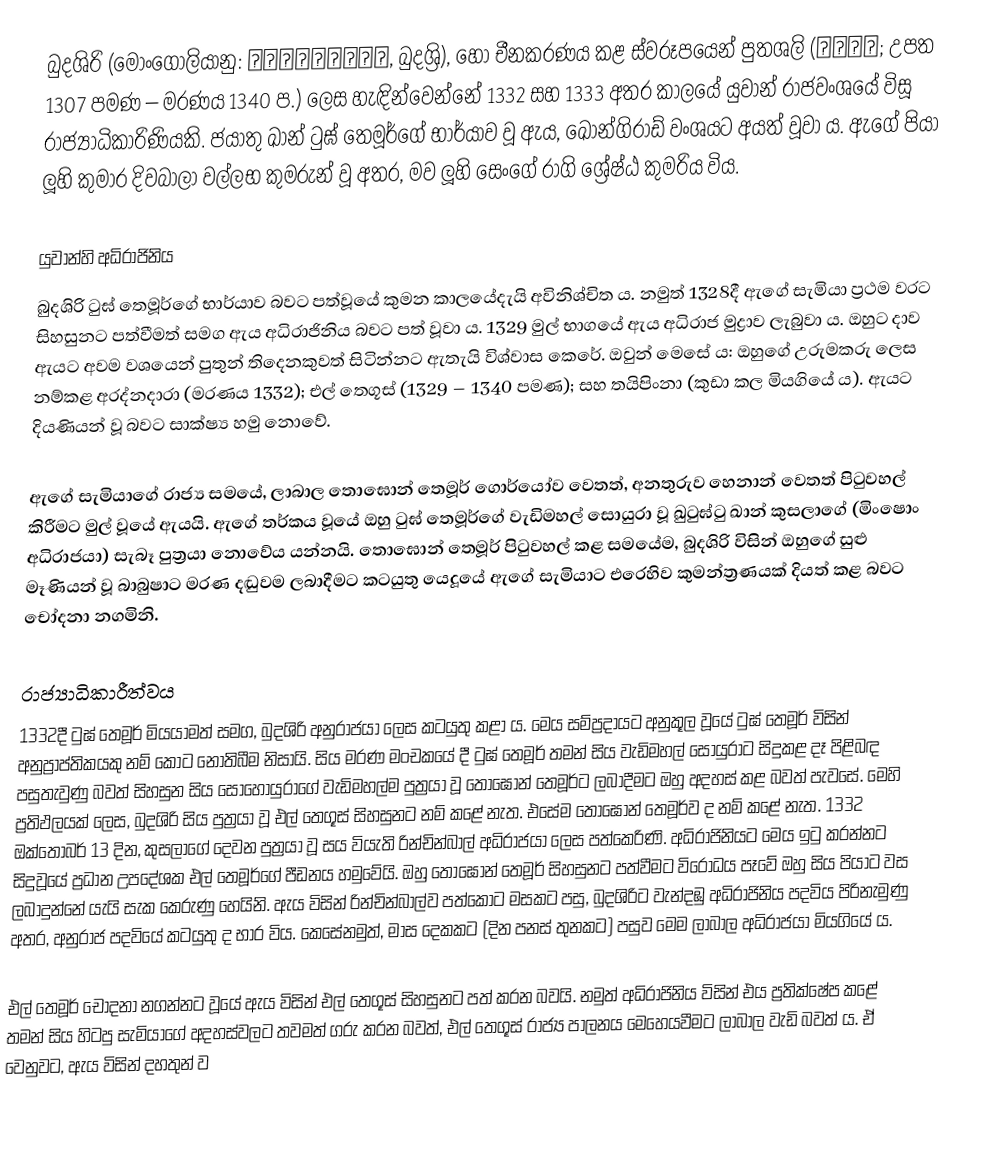
බුදශිරි (මොංගෝලියානු: ᠪᠦᠳᠬᠠᠱᠢᠷᠢ, බුදශ්‍රි), හෝ චීනකරණය කළ ස්වරූපයෙන් පුතශලි (卜答失里; උපත 1307 පමණ – මරණය 1340 ප.) ලෙස හැඳින්වෙන්නේ 1332 සහ 1333 අතර කාලයේ යුවාන් රාජවංශයේ විසූ රාජ්‍යාධිකාරිණියකි. ජයාතු ඛාන් ටුඝ් තෙමූර්ගේ භාර්යාව වූ ඇය, ඛොන්ගිරාඩ් වංශයට අයත් වූවා ය. ඇගේ පියා ලූහි කුමාර දිවබාලා වල්ලභ කුමරුන් වූ අතර, මව ලූහි සෙංගේ රාගි ශ්‍රේෂ්ඨ කුමරිය විය.

යුවාන්හි අධිරාජිනිය
බුදශිරි ටුඝ් තෙමූර්ගේ භාර්යාව බවට පත්වූයේ කුමන කාලයේදැයි අවිනිශ්චිත ය. නමුත් 1328දී ඇගේ සැමියා ප්‍රථම වරට සිහසුනට පත්වීමත් සමග ඇය අධිරාජිනිය බවට පත් වූවා ය. 1329 මුල් භාගයේ ඇය අධිරාජ මුද්‍රාව ලැබුවා ය. ඔහුට දාව ඇයට අවම වශයෙන් පුතුන් තිදෙනකුවත් සිටින්නට ඇතැයි විශ්වාස කෙරේ. ඔවුන් මෙසේ ය: ඔහුගේ උරුමකරු ලෙස නම්කළ අරද්නදාරා (මරණය 1332); එල් තෙගූස් (1329 – 1340 පමණ); සහ තයිපිංනා (කුඩා කල මියගියේ ය). ඇයට දියණියන් වූ බවට සාක්ෂ්‍ය හමු නොවේ.

ඇගේ සැමියාගේ රාජ්‍ය සමයේ, ලාබාල තොඝොන් තෙමූර් ගොර්යෝව වෙතත්, අනතුරුව හෙනාන් වෙතත් පිටුවහල් කිරීමට මුල් වූයේ ඇයයි. ඇගේ තර්කය වූයේ ඔහු ටුඝ් තෙමූර්ගේ වැඩිමහල් සොයුරා වූ ඛුටුඝ්ටු ඛාන් කුසලාගේ (මිංෂොං අධිරාජයා) සැබෑ පුත්‍රයා නොවේය යන්නයි. තොඝොන් තෙමූර් පිටුවහල් කළ සමයේම, බුදශිරි විසින් ඔහුගේ සුළු මෑණියන් වූ බාබුෂාට මරණ දඬුවම ලබාදීමට කටයුතු යෙදූයේ ඇගේ සැමියාට එරෙහිව කුමන්ත්‍රණයක් දියත් කළ බවට චෝදනා නගමිනි.

රාජ්‍යාධිකාරීත්වය
1332දී ටුඝ් තෙමූර් මියයාමත් සමග, බුදශිරි අනුරාජයා ලෙස කටයුතු කළා ය. මෙය සම්ප්‍රදායට අනුකූල වූයේ ටුඝ්‍ තෙමූර් විසින් අනුප්‍රාප්තිකයකු නම් කොට නොතිබීම නිසායි. සිය මරණ මංචකයේ දී ටුඝ් තෙමූර් තමන් සිය වැඩිමහල් සොයුරාට සිදුකළ දෑ පිළිබඳ පසුතැවුණු බවත් සිහසුන සිය සොහොයුරාගේ වැඩිමහල්ම පුත්‍රයා වූ තොඝොන් තෙමූර්ට ලබාදීමට ඔහු අදහස් කළ බවත් පැවසේ. මෙහි ප්‍රතිඵලයක් ලෙස, බුදශිරි සිය පුත්‍රයා වූ එල් තෙගූස් සිහසුනට නම් කළේ නැත. එසේම තොඝොන් තෙමූර්ව ද නම් කළේ නැත. 1332 ඔක්තෝබර් 13 දින, කුසලාගේ දෙවන පුත්‍රයා වූ සය වියැති රින්චින්බාල් අධිරාජයා ලෙස පත්කෙරිණි. අධිරාජිනියට මෙය ඉටු කරන්නට සිදුවූයේ ප්‍රධාන උපදේශක එල් තෙමූර්ගේ පීඩනය හමුවේයි. ඔහු තොඝොන් තෙමූර් සිහසුනට පත්වීමට විරෝධය පෑවේ ඔහු සිය පියාට වස ලබාදුන්නේ යැයි සැක කෙරුණු හෙයිනි. ඇය විසින් රින්චින්බාල්ව පත්කොට මසකට පසු, බුදශිරිට වැන්දඹු අධිරාජිනිය පදවිය පිරිනැමුණු අතර, අනුරාජ පදවියේ කටයුතු ද භාර විය. කෙසේනමුත්, මාස දෙකකට (දින පනස් තුනකට) පසුව මෙම ලාබාල අධිරාජයා මියගියේ ය.

එල් තෙමූර් චෝදනා නගන්නට වූයේ ඇය විසින් එල් තෙගූස් සිහසුනට පත් කරන බවයි. නමුත් අධිරාජිනිය විසින් එය ප්‍රතික්ෂේප කළේ තමන් සිය හිටපු සැමියාගේ අදහස්වලට තවමත් ගරු කරන බවත්, එල් තෙගූස් රාජ්‍ය පාලනය මෙහෙයවීමට ලාබාල වැඩි බවත් ය. ඒ වෙනුවට, ඇය විසින් දහතුන් ව